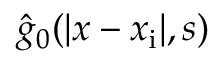
\hat { g } _ { 0 } ( | x - x _ { \mathrm { i } } | , s )